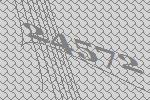
24572